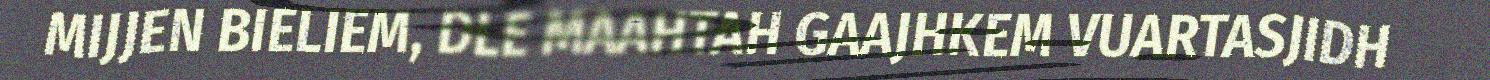
MIJJEN BIELIEM, DLE MAAHTAH GAAJHKEM VUARTASJIDH